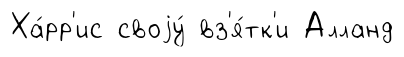
Ха́рр'ис своjу́ вз'я́тк'и Алланд